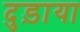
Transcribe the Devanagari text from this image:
दुड़ाया